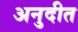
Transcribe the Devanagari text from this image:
अनुदीत